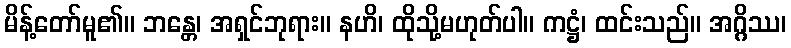
မိန့်တော်မူ၏။ ဘန္တေ၊ အရှင်ဘုရား။ နဟိ၊ ထိုသို့မဟုတ်ပါ။ ကဋ္ဌံ၊ ထင်းသည်။ အဂ္ဂိဿ၊